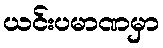
ယင်းပမာဏမှာ